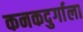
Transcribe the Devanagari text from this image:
कनकदुर्गाला